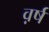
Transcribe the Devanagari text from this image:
व़र्ष